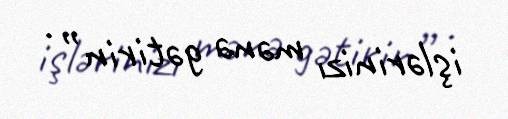
işlərinizı mənə gətirin” .